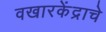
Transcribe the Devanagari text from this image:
वखारकेंद्राचे